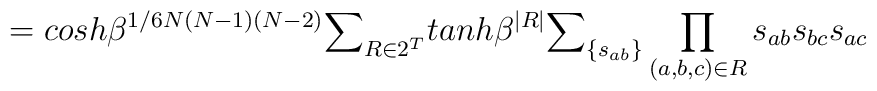
= cosh\beta^{1/6 N (N-1) (N-2)} {\Large\sum}_{R \in 2^T}        tanh\beta^{|R|} {\large\sum}_{\{s_{ab}\}} \prod_{(a,b,c) \in R}	s_{ab} s_{bc} s_{ac}